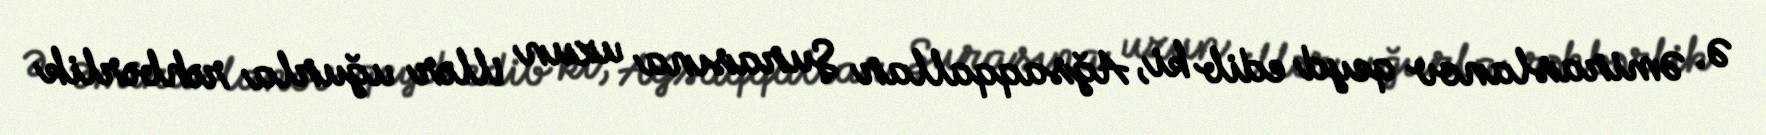
Ə. Əmiraslanov qeyd edib ki, Ağsaqqallar Şurasına uzun illər uğurla rəhbərlik